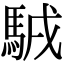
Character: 𩣊